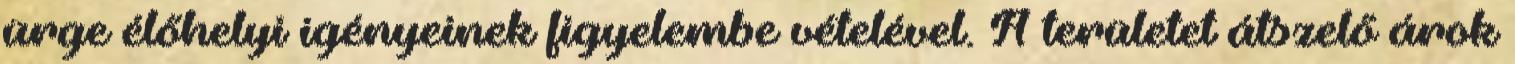
ürge élőhelyi igényeinek figyelembe vételével. A területet átszelő árok